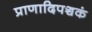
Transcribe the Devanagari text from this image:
प्राणादिपञ्चकं